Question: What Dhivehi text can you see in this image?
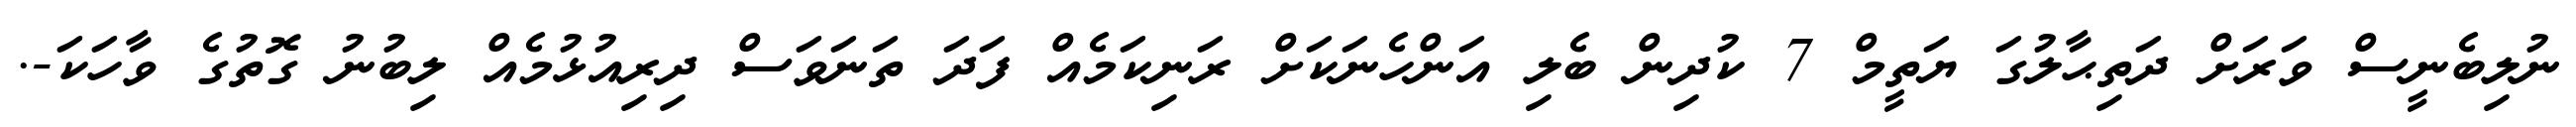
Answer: ނުލިބެނީސް ވަރަށް ދަތިޙާލުގަ ޔަތީމް 7 ކުދިން ބެލި އަންހެނަކަށް ރަނިކަމެއް ފަދަ ތަނަވަސް ދިރިއުޅުމެއް ލިބުނު ގޮތުގެ ވާހަކަ-.